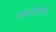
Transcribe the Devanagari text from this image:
त्सालोनिकी